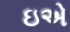
ઇએ